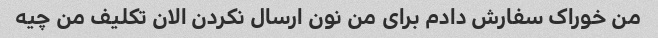
من خوراک سفارش دادم برای من نون ارسال نکردن الان تکلیف من چیه